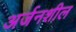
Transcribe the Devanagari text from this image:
अर्जनशील